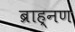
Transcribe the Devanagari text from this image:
ब्राह्नण